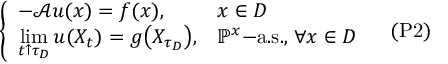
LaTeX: { \left\{ \begin{array} { l l } { - { \mathcal { A } } u ( x ) = f ( x ) , } & { x \in D } \\ { \displaystyle { \operatorname* { l i m } _ { t \uparrow \tau _ { D } } u ( X _ { t } ) } = g { \big ( } X _ { \tau _ { D } } { \big ) } , } & { \mathbb { P } ^ { x } { \mathrm { - a . s . , } } \; \forall x \in D } \end{array} \right. } \quad { \mathrm { ( P 2 ) } }